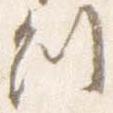
副